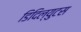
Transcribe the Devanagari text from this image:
डिदिल्युटस